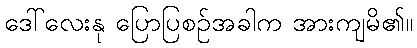
ဒေါ်လေးနု ပြောပြစဉ်အခါက အားကျမိ၏။